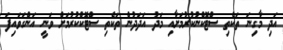
އަދި މާގިނަ ތަކެތި ސްޓޮކްނުކުރުމަށާއި މަދު އަދަދުން ތަކެތި ސްޓޮކްކުރުމަށް ވަނީ އަންގަވައިފަ